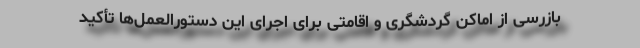
بازرسی از اماکن گردشگری و اقامتی برای اجرای این دستورالعمل‌ها تأکید